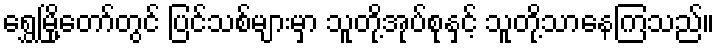
ရွှေမြို့တော်တွင် ပြင်သစ်များမှာ သူတို့အုပ်စုနှင့် သူတို့သာနေကြသည်။